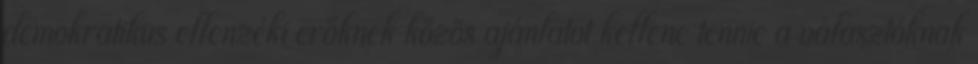
demokratikus ellenzéki erőknek közös ajánlatot kellene tennie a választóknak